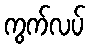
ကွက်လပ်